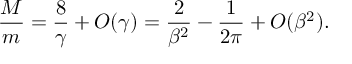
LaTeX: { \frac { M } { m } } = { \frac { 8 } { \gamma } } + O ( \gamma ) = { \frac { 2 } { \beta ^ { 2 } } } - { \frac { 1 } { 2 \pi } } + O ( \beta ^ { 2 } ) .